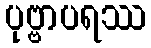
ပုဗ္ဗာပရဿ